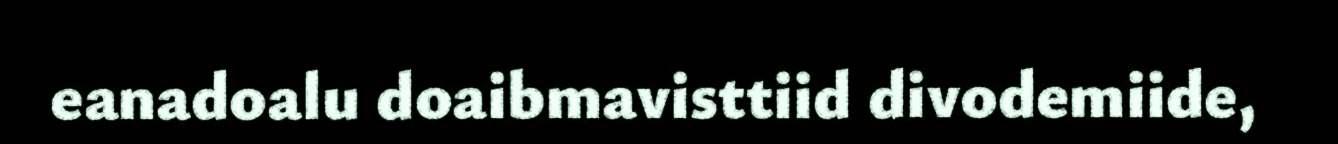
eanadoalu doaibmavisttiid divodemiide,